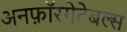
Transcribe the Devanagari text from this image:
अनफ़ॉरगेटेबल्स